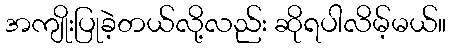
အကျိုးပြုခဲ့တယ်လို့လည်း ဆိုရပါလိမ့်မယ်။